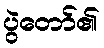
ပွဲတော်၏